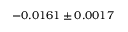
- 0 . 0 1 6 1 \pm 0 . 0 0 1 7